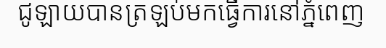
ជូឡាយបានត្រឡប់មកធ្វើការនៅភ្នំពេញ